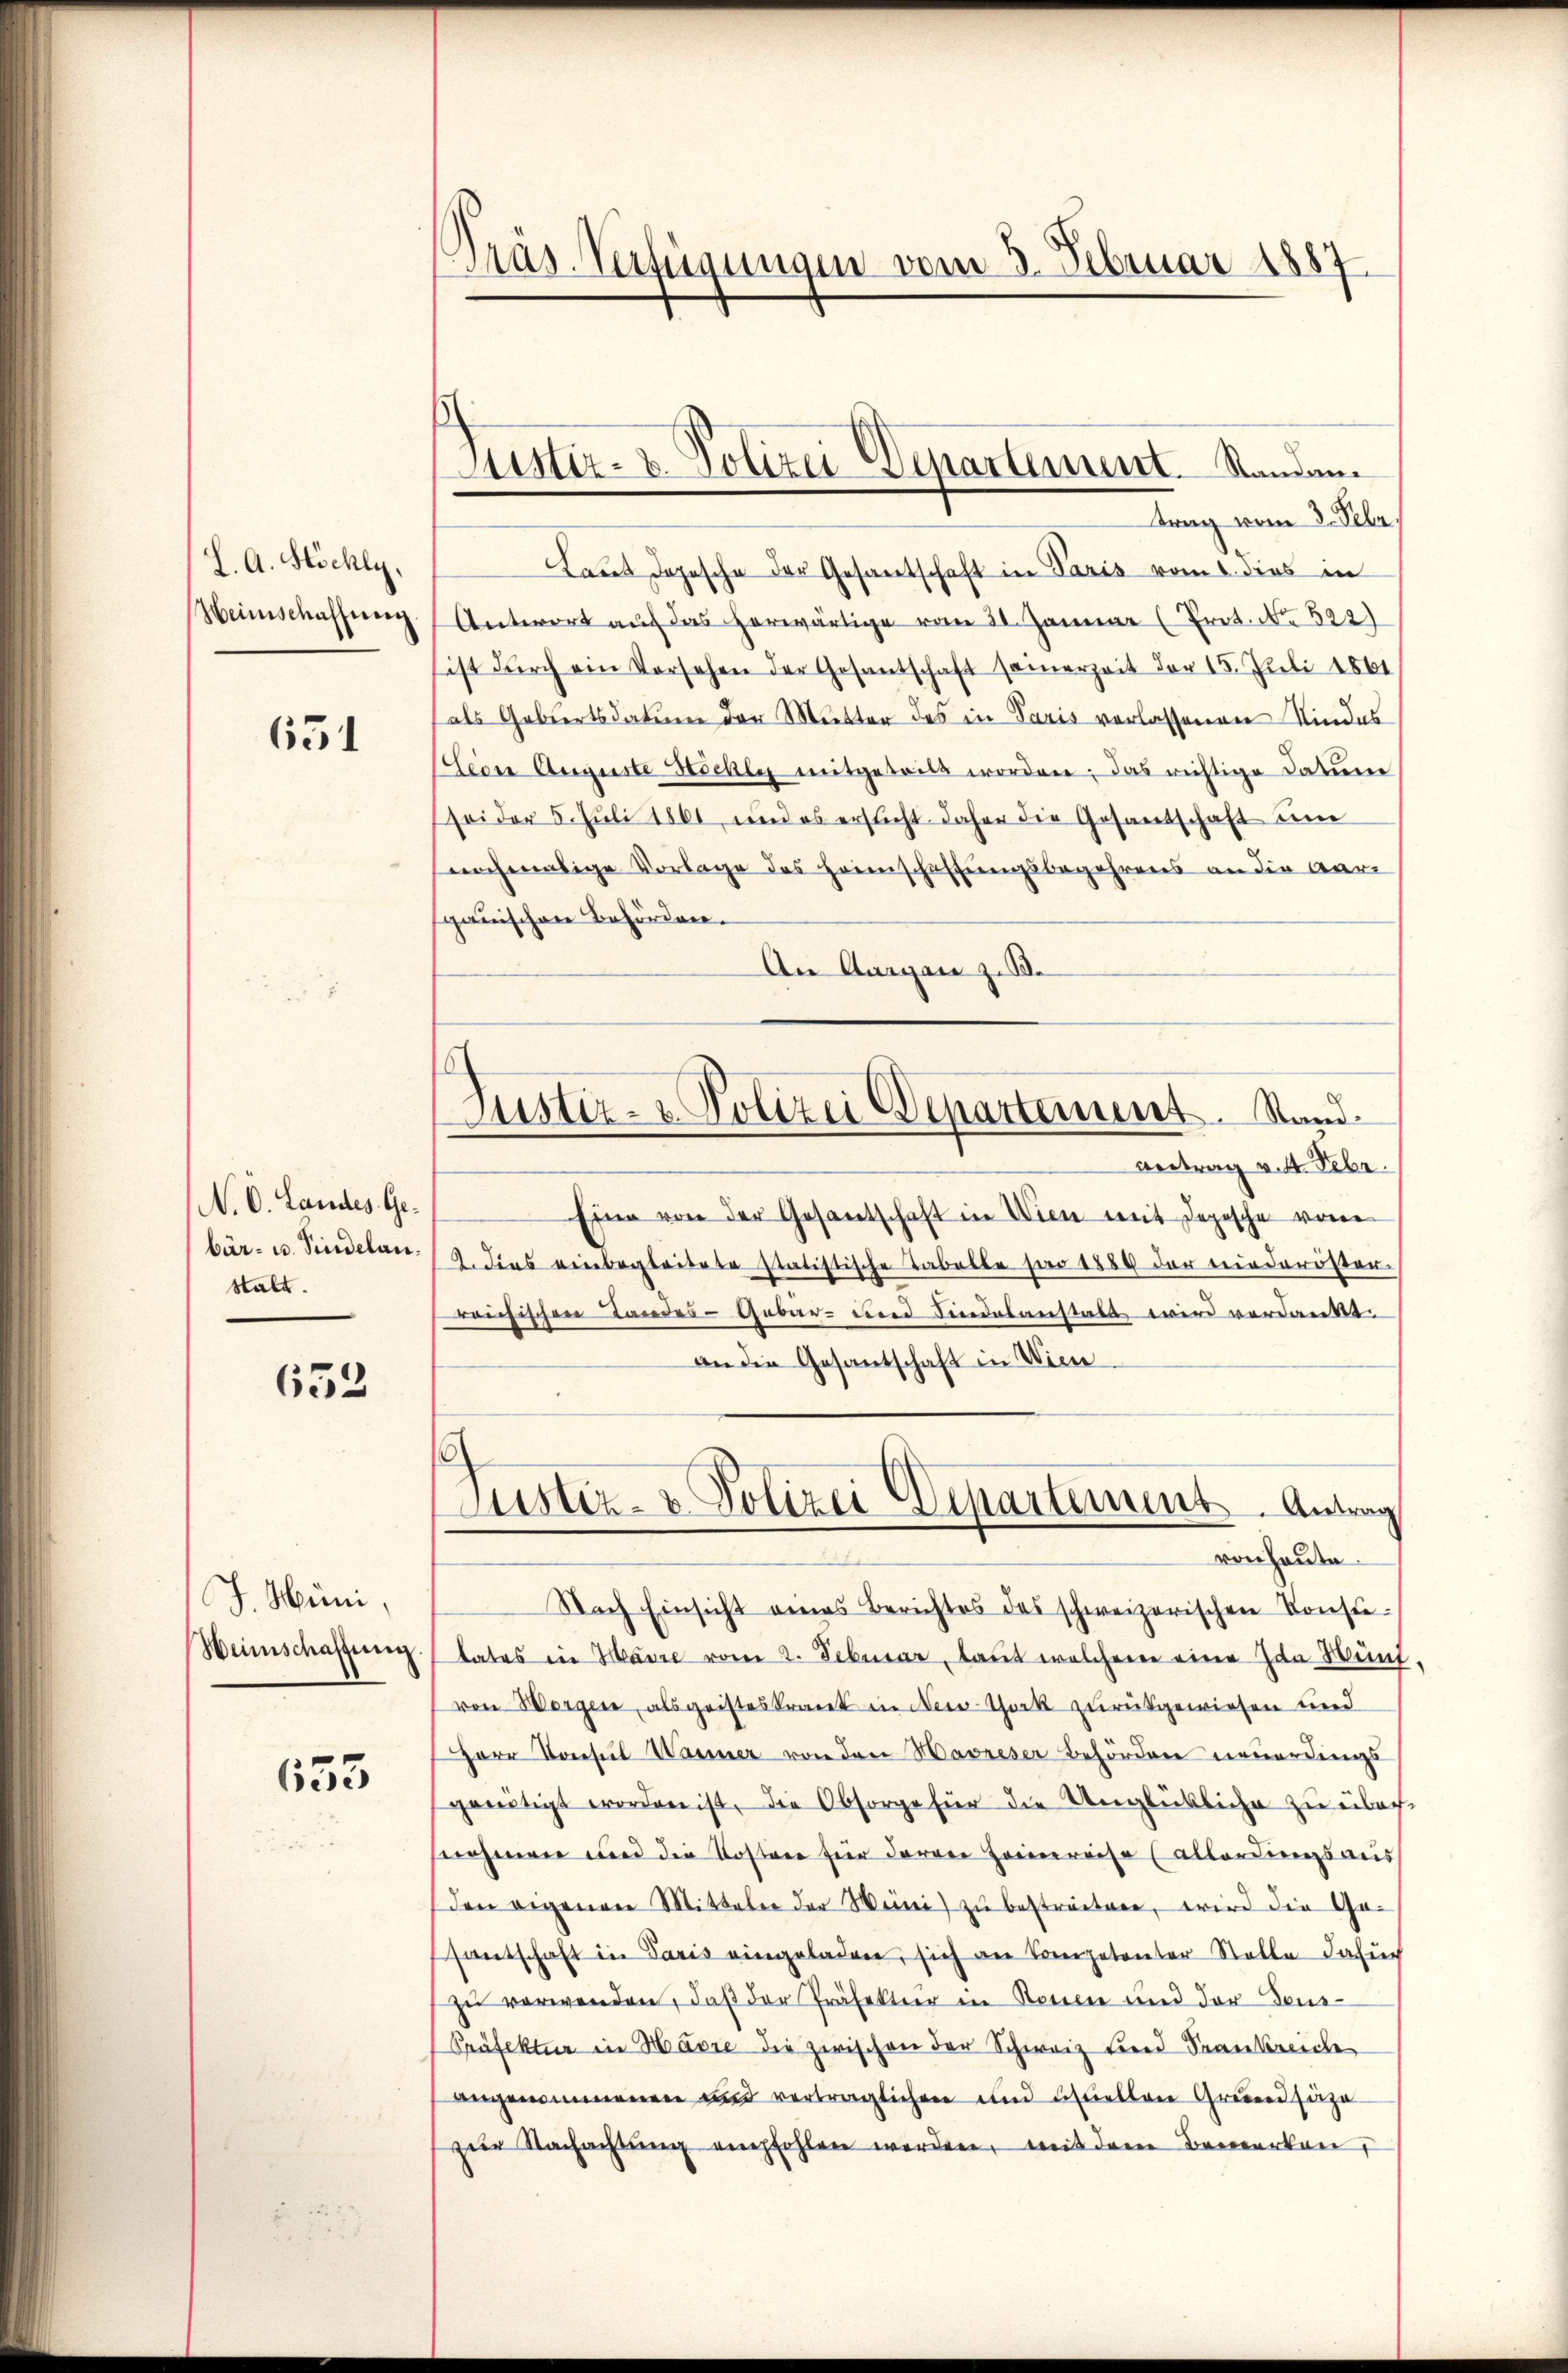
L. A. Höchly,
Heimschaffung

651

N. O. Landes Gebär- u. Sindelan
stalt.

653

J. Müni,
Weinschaffung

653

Präs. Verfügungen vom 3. Februar 1887

Suster- & Polizei Departement. Standam

Justiz- & Polizei Departement. Stand.

trag vom 3. Febr.
Laut dopesche der Gesantschaft in Paris vom 6. dies in
Antwort auf das herwärtige vom 21. Januar (Prot. No 522)
ist dŭrch ein Vorsehen der Gesantschaft samerzeit der 15. Juli 1861
als Gebiertsdatum der Mutter des in Paris vorlassenen Kindes
Ceon Auguste Beschli mitgeteilt worden; das richtige Datum
sei der 5. Juli 1861, und es ersucht daher die Gesantschaft um
nochmalige Vorlage des Heimschaffungsbegehrens an die Aar
gauischen Behörden.
An Aargare z. B.
Antrag v. 4. Febr.
Eine von der Gesantschaft in Wien mit Depesche von
2. Dies einbegleitete statistische Tabelle für 1889 der niederöster
reichischen Landes-Gebär- und Finalanstalt wird verdankt.
an die Gesantschaft in Wien
.
Justiz- & Polizei Departement. Antrag
von heute.
Nach Einsicht eines Berichtes des schweizerischen Konsu-
tates in Hause vom 2. Februar, laut welchem eine Ida Wund.
von Worgen, als geisteskrank in New-Thock zurückgewiesen und
HHerr Konsul Warner von den Havreser Behörden neuerdings
greutigt worden ist, die Obsorge für die Unglückliche zu übach-
nohmen und die Kostere für daran Heinreise (allerdingsans
den eigenen Mitteler der Weini zu bestreiten, wird die Ge-
santschaft in Paris eingeladen, sich an Competenter Statte dafür
zŭ verwenden, daβ der Präfektier in Romen und der Fens-
Präfektur in Havre die zwischen der Schweiz Fried Frankreiche
angenommenen und verträglichen und usuellene Grundsäze
zŭr Nachachtŭng empfohlen werden, mit dem Bemerken,